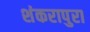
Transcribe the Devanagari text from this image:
शंकरापुरा